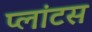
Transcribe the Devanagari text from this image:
प्लांटस